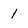
Character: 1